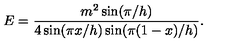
E = \frac { m ^ { 2 } \sin ( \pi / h ) } { 4 \sin ( \pi x / h ) \sin ( \pi ( 1 - x ) / h ) } .